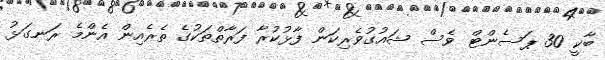
ބާކީ 30 ޕަސެންޓް ވެސް ޝައުގުވެރިކަން ފާޅުކުރާ ފަރާތްތަކުގެ ތެރެއިން އެންމެ ރަނގަޅު